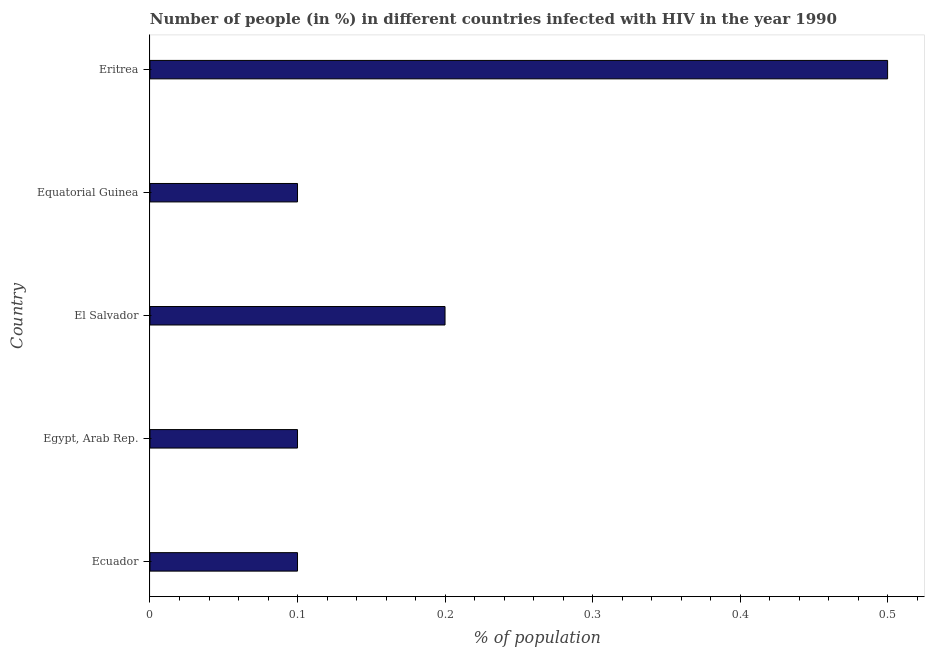
| Country | Infected with HIV |
 | --- | --- |
 | Ecuador | 0.1 |
 | Egypt, Arab Rep. | 0.1 |
 | El Salvador | 0.2 |
 | Equatorial Guinea | 0.1 |
 | Eritrea | 0.5 |